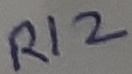
Text: R12